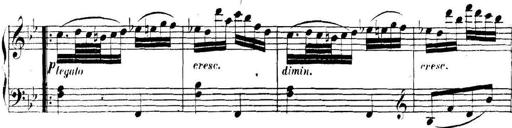
Title: Collected Piano Sonatas
Composer: Muzio Clementi